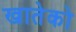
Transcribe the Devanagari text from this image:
खातेको